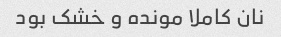
نان کاملا مونده و خشک بود